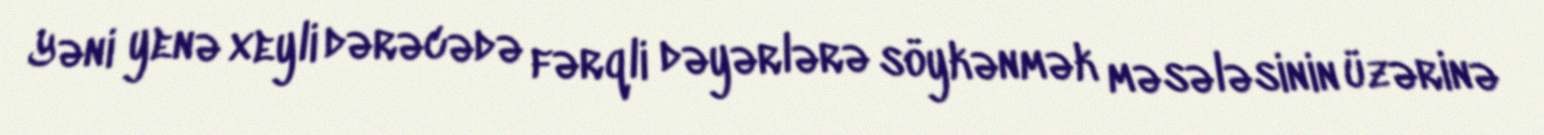
Yəni yenə xeyli dərəcədə fərqli dəyərlərə söykənmək məsələsinin üzərinə